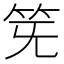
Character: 𥬗